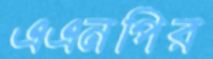
এএনপির